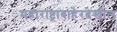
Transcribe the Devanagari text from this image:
महाराष्ट्राबाहेरदेखील